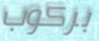
بركوب